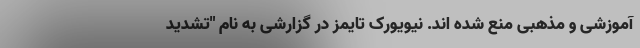
آموزشی و مذهبی منع شده اند. نیویورک تایمز در گزارشی به نام "تشدید